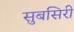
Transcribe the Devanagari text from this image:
सुबसिरी